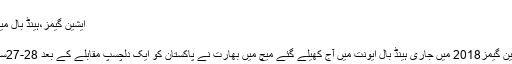
آج کا میچ ...
ایشین گیمز،ہینڈ بال میچ میں بھارت نے پاکستان کو شکست دیدی
24 اگست, 2018	تبصرہ لکھیں
جکارتہ(سپورٹس لنک رپورٹ)18ویں ایشین گیمز2018 میں جاری ہینڈ بال ایونت میں آج کھیلے گئے میچ میں بھارت نے پاکستان کو ایک دلچسپ مقابلے کے بعد 28-27سے شکست دے کر کامیابی اپنے نام کر لی۔